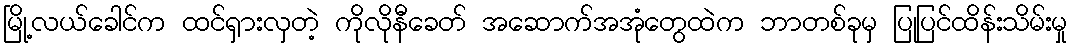
မြို့လယ်ခေါင်က ထင်ရှားလှတဲ့ ကိုလိုနီခေတ် အဆောက်အအုံတွေထဲက ဘာတစ်ခုမှ ပြုပြင်ထိန်းသိမ်းမှု